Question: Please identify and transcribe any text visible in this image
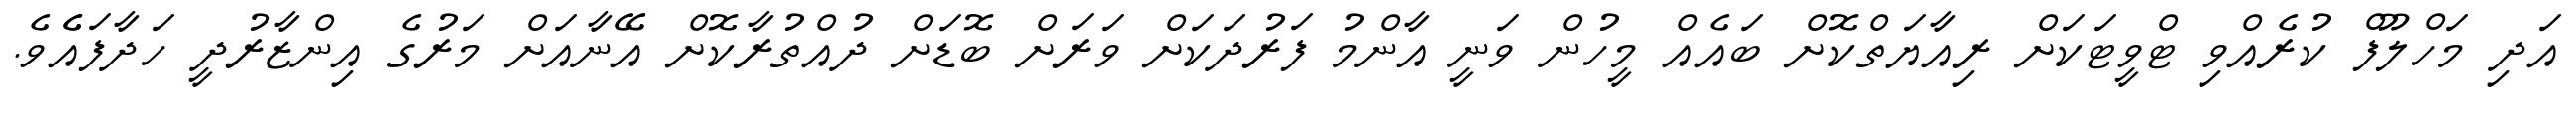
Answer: އަދި މަހްލޫފް ކުރެއްވި ޓްވީޓަކަށް ރިއާޔަތްކޮށް ބައެއް މީހުން ވަނީ އާންމު ފަރުދަކަށް ވަރަށް ބޮޑަށް ދުއްތުރާކޮށް އޭނާއަށް މަރުގެ އިންޒާރުދީ ހަދާފައެެވެ.